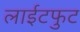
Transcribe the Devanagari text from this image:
लाईटफुट